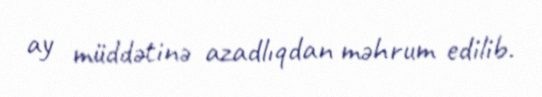
ay müddətinə azadlıqdan məhrum edilib.